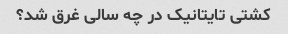
کشتی تایتانیک در چه سالی غرق شد؟